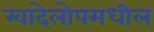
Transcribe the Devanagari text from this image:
ग्वादेलोपमधील